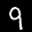
Label: 9